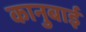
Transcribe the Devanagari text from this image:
कानुबाई